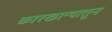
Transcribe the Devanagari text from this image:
कारखान्यातुन